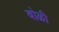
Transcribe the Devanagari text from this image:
बोळी